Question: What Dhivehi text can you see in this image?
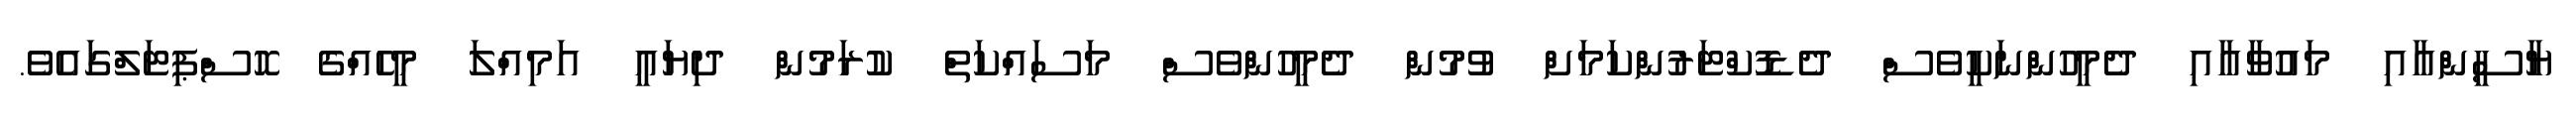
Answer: ޔާސީންއާއި މައުވާއާއި ދެމީހުންނަކީވެސް ދެޑޮކްޓަރުންކަމަށް ވުމުން ދެމީހުންވެސް މަސައްކަތް ކުރަމުން ދިޔައީ އަމިއްލަ މީހެއްގެ ހޮސްޕިޓަލްގައެވެ.